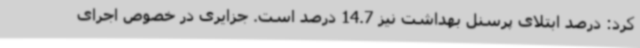
کرد: درصد ابتلای پرسنل بهداشت نیز 14.7 درصد است. جزایری در خصوص اجرای